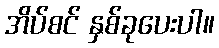
အိပ်စင် နှစ်ခုပေးပါ။